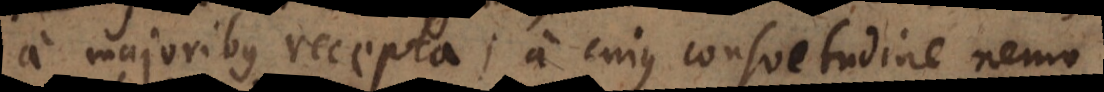
a majoribus recepta, a cujus consuetudine nemo